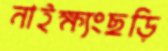
নাইক্ষ্যংছড়ি